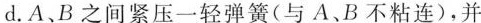
d. A、B之间紧压一轻弹簧(与A、B不粘连)，并